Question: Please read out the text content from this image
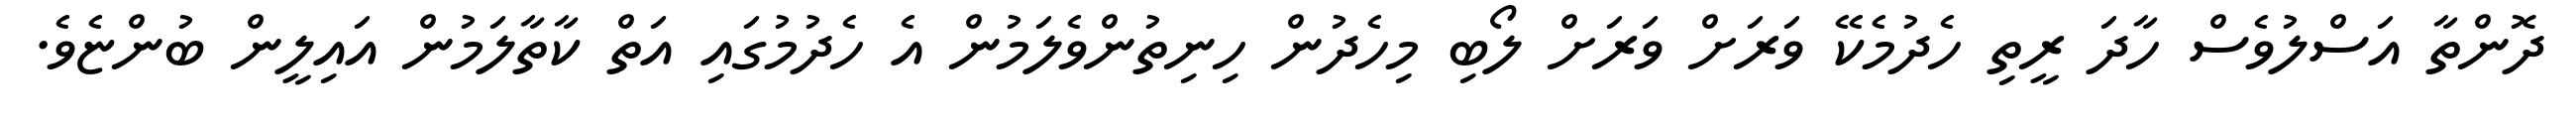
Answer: ދޮންތާ އަސްލުވެސް ހާދަ ރީތި ހެދުމެކޭ ވަރަށް ވަރަށް ލޯބި މިހެދުން ހިނިތުންވެލަމުން އެ ހެދުމުގައި އަތް ކާތާލަމުން އައިލީން ބުންޏެވެ.